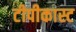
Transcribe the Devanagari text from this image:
टीपीकास्ट